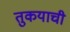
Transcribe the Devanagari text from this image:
तुकयाची